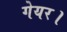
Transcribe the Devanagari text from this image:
गेयर।